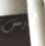
ليس